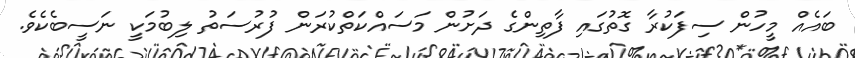
ބައެއް މީހުން ސިފަކުރާ ގޮތުގައި ފާތިންގެ ދަށުން މަސައްކަތްކުރަން ފުރުސަތު ލިބުމަކީ ނަސީބެކެވެ.